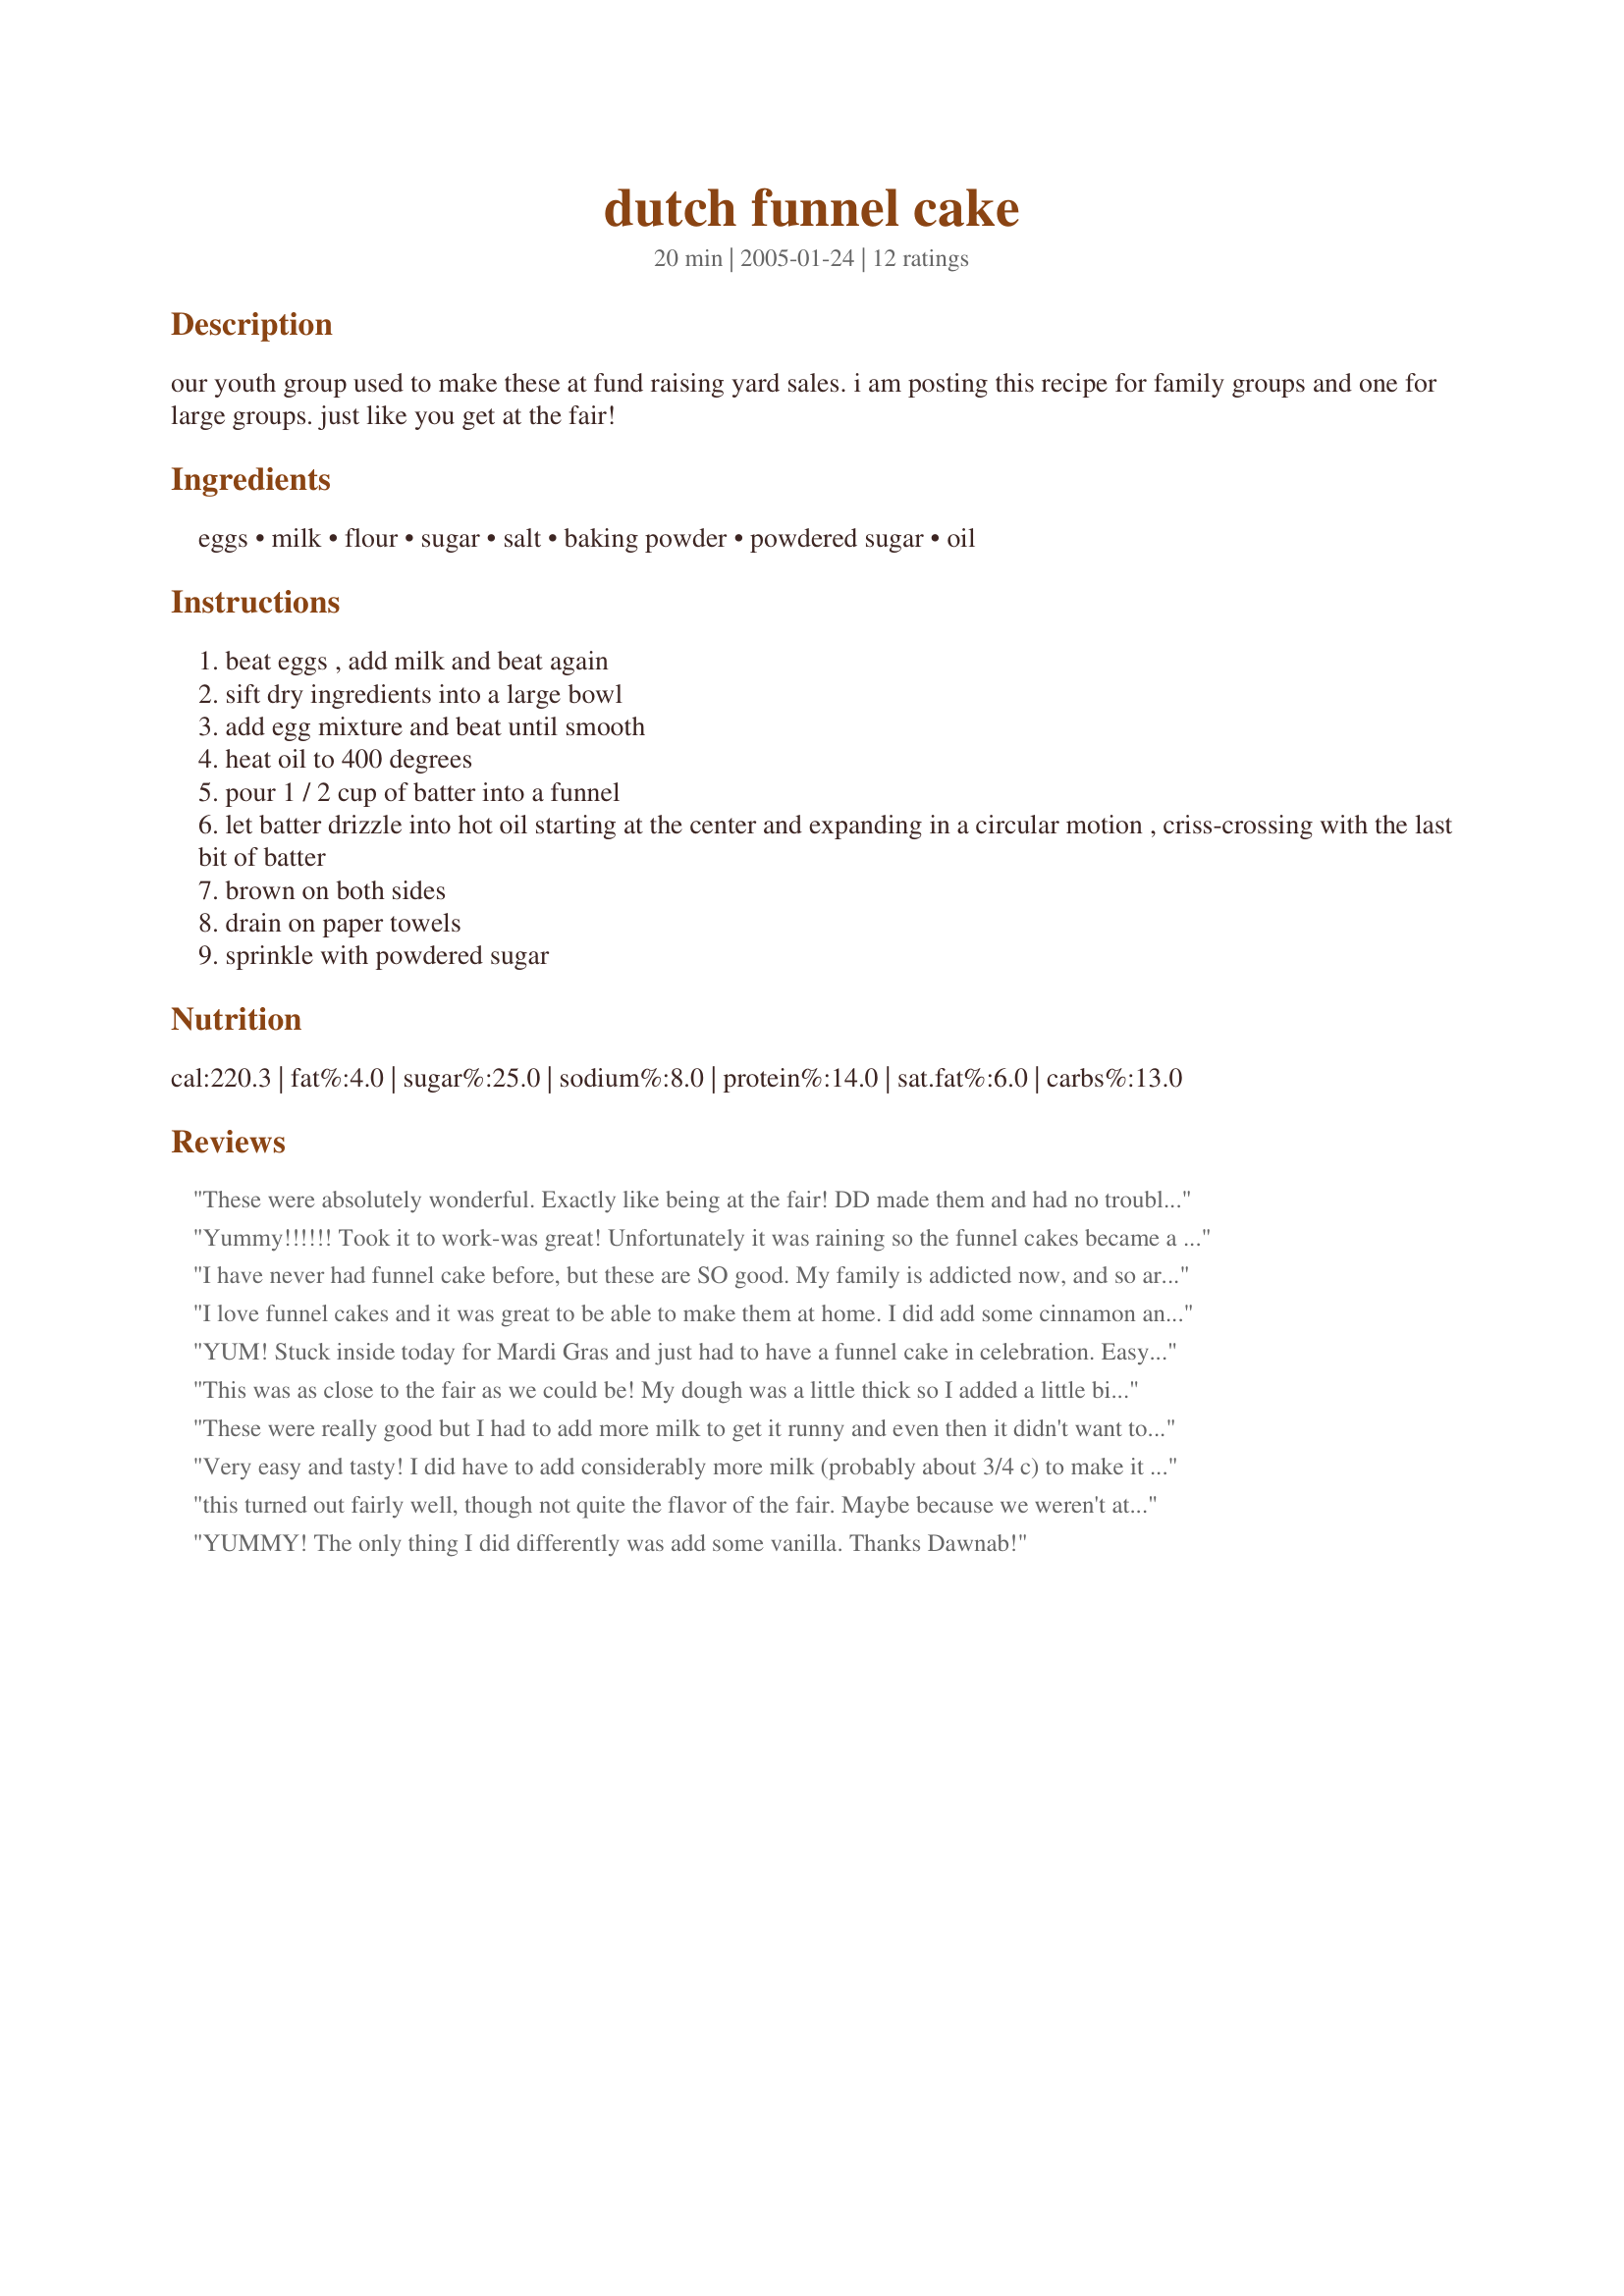
dutch funnel cake
Preparation time: 20 minutes

our youth group used to make these at fund raising yard sales. i am posting this recipe for family groups and one for large groups. just like you get at the fair!

Ingredients:
eggs, milk, flour, sugar, salt, baking powder, powdered sugar, oil

Steps:
beat eggs , add milk and beat again
sift dry ingredients into a large bowl
add egg mixture and beat until smooth
heat oil to 400 degrees
pour 1 / 2 cup of batter into a funnel
let batter drizzle into hot oil starting at the center and expanding in a circular motion , criss-crossing with the last bit of batter
brown on both sides
drain on paper towels
sprinkle with powdered sugar

Reviews:
These were absolutely wonderful. Exactly like being at the fair! DD made them and had no trouble at all. They were a great supper with bacon.
Yummy!!!!!! Took it to work-was great! Unfortunately it was raining so the funnel cakes became a bit soggy but then i warmed them up in the oven --so they were like biscuits sorta--but still good!!! Thanks for the recipe!!
I have never had funnel cake before, but these are SO good. My family is addicted now, and so are a couple friends. I added 2 tsp of vanilla, and had to add another egg (my eggs were small) and then another 2/3 cup milk. I sprinkled them with cinnamon and sugar and we also topped some with whipped cream too. Great treat! I will make these again!
I love funnel cakes and it was great to be able to make them at home. I did add some cinnamon and vanilla to the batter. This was so simple and tasty thanks for sharing this recipe.
YUM! Stuck inside today for Mardi Gras and just had to have a funnel cake in celebration. Easy to make.
This was as close to the fair as we could be! My dough was a little thick so I added a little bit of milk and put it in a clean ketchup bottle and squirted it in the oil. DH came back to the kitchen looking for more!
These were really good but I had to add more milk to get it runny and even then it didn't want to work with my funnel. Maybe my funnel was too small. I just let the batter dribble out of a measuring cup and that seemed to work better.
Very easy and tasty! I did have to add considerably more milk (probably about 3/4 c) to make it pourable at all and added vanilla. They did not come out with quite the same texture as a fair funnel cake, possibly because of the extra liquid I had to add, but I am not sure how I could've made them without it.
this turned out fairly well, though not quite the flavor of the fair. Maybe because we weren't at the fair.
YUMMY! The only thing I did differently was add some vanilla. Thanks Dawnab!
A wonderful and easy to make funnel cake. Next time I may try adding a touch of vanilla.
I loved this recipe. I poured my batter into a ziploc freezer bag before cutting a small hole in the corner and drizzling it into the oil. It tasted just like the funnel cakes I've eaten at the fair and I'm certain I will make this recipe again and again! MMM.. don't forget the strawberries and whipped cream.
